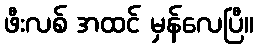
ဖီးလစ် အထင် မှန်လေပြီ။